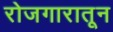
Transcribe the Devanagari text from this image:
रोजगारातून